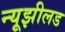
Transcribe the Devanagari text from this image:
न्यूझीलड